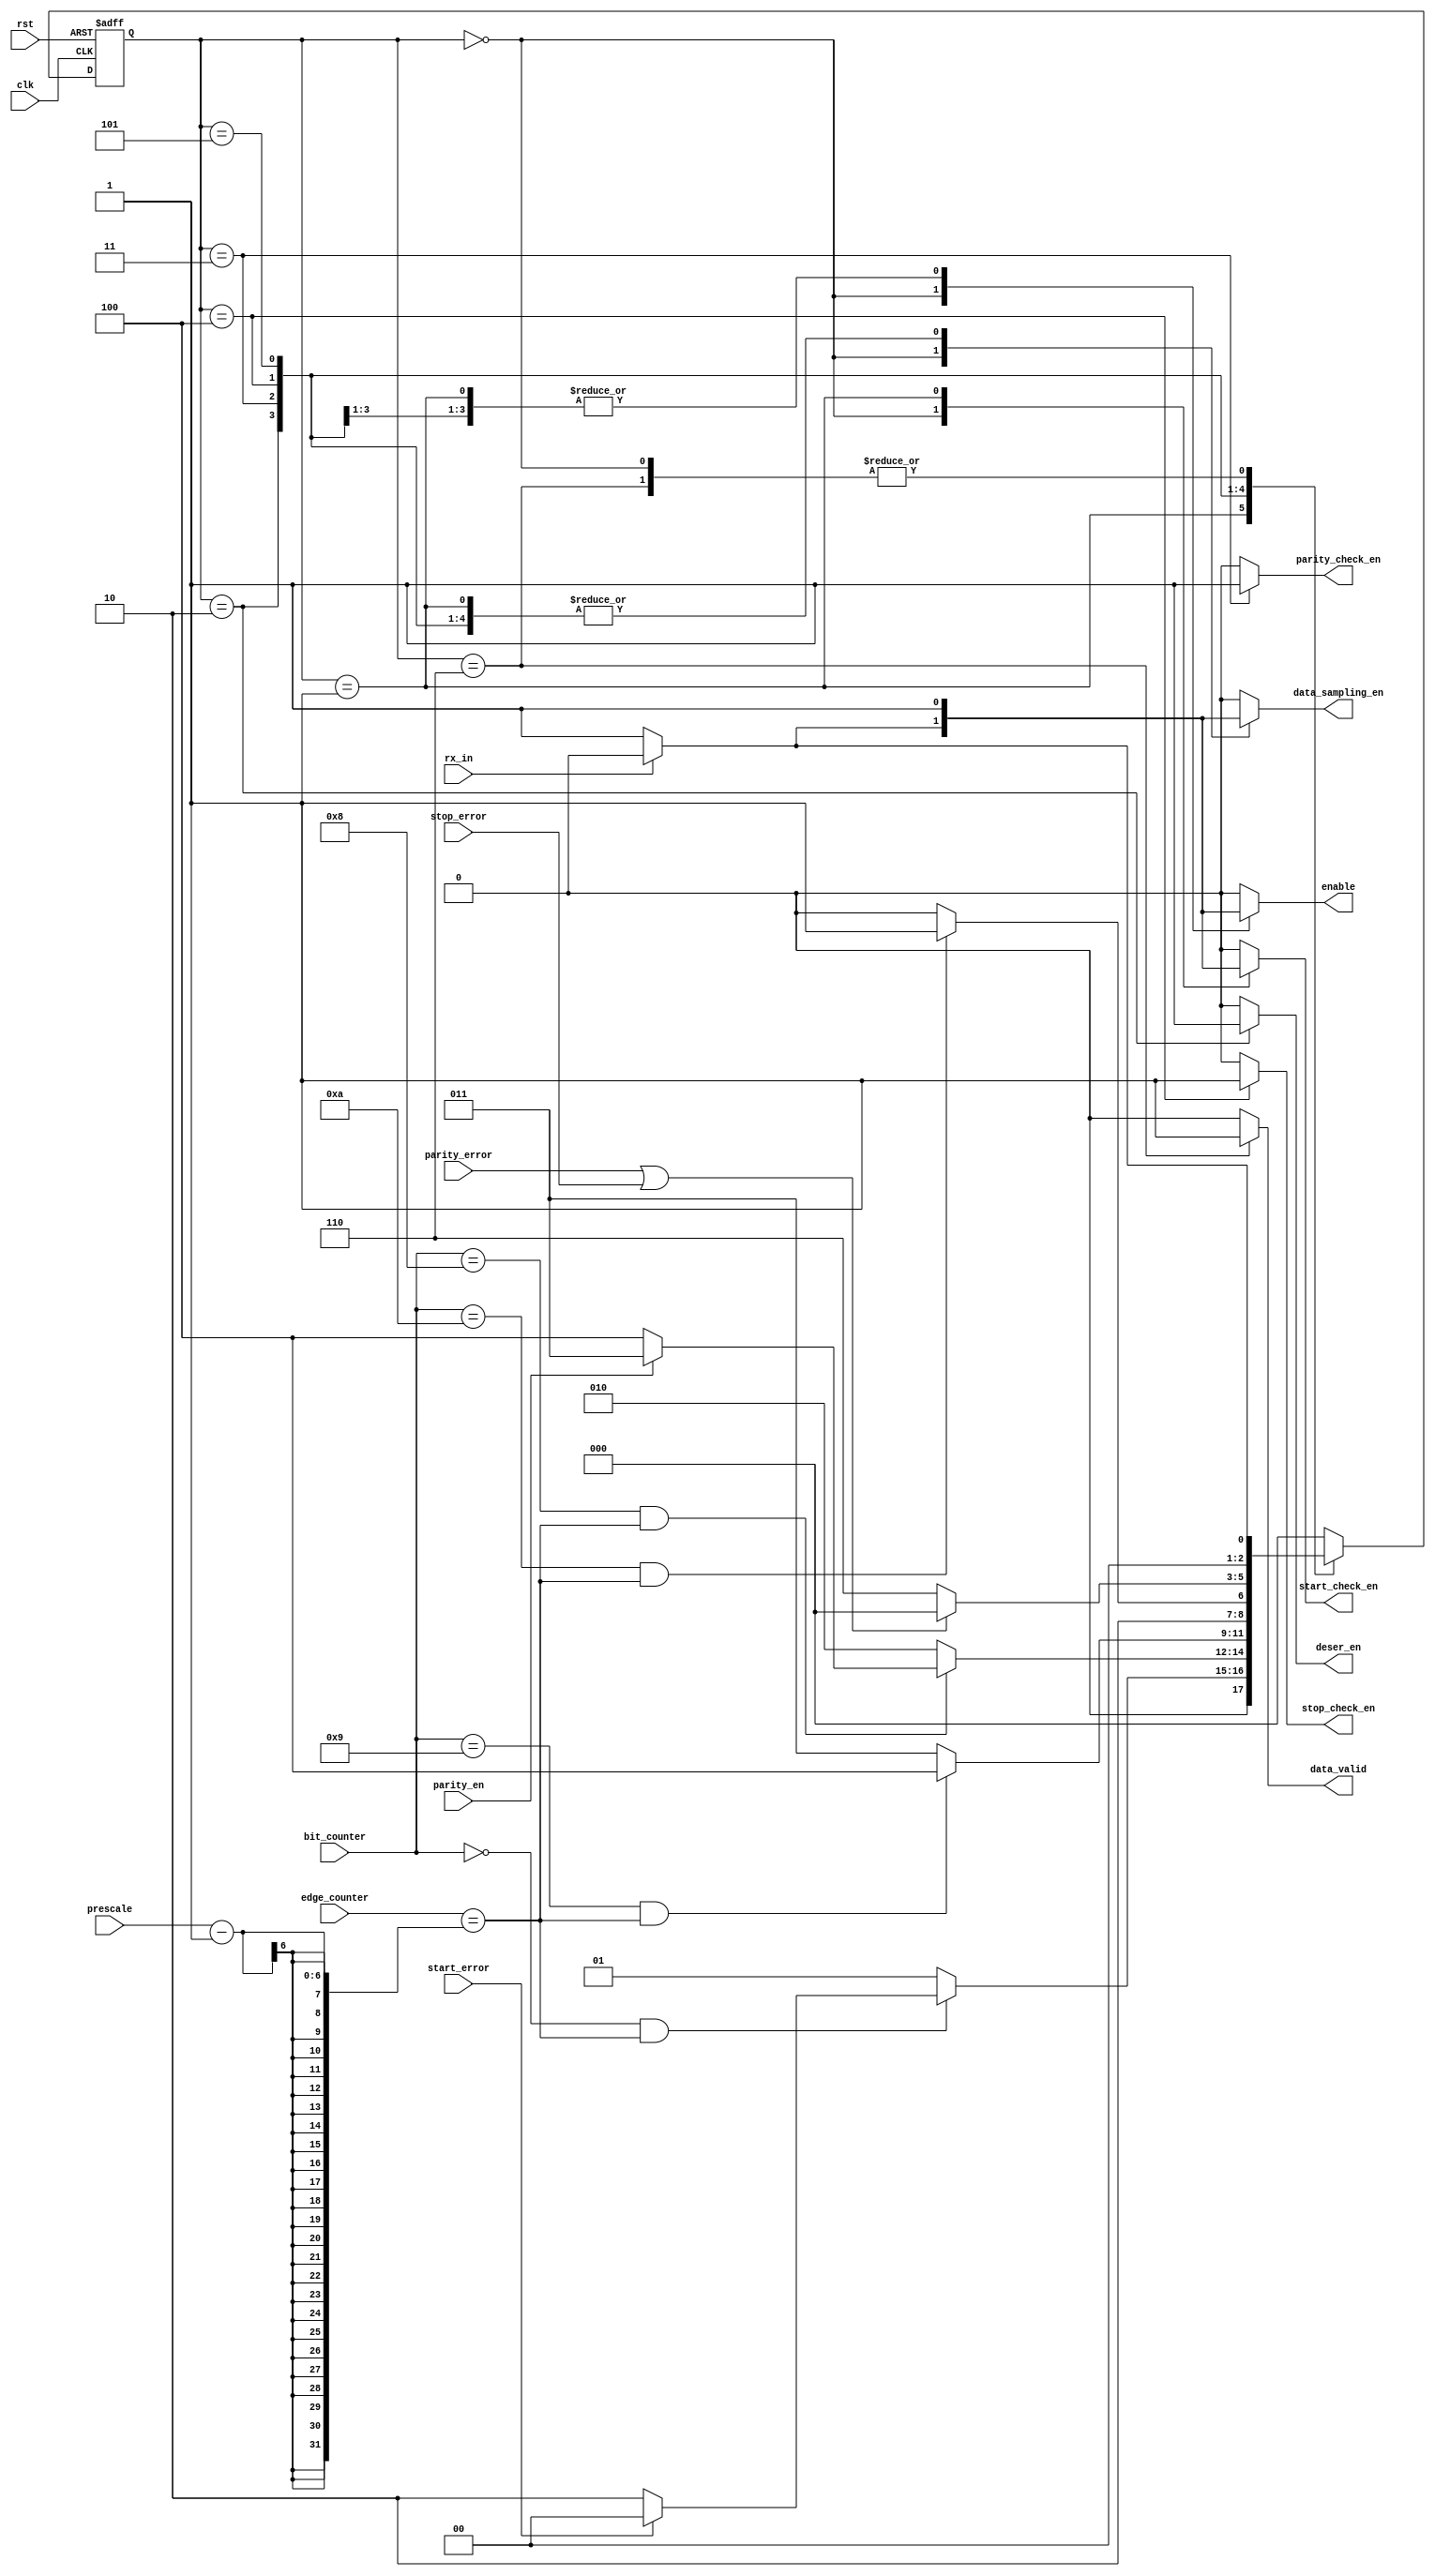
module rx_fsm #(parameter PWIDTH =6)(clk, rst, prescale, edge_counter, bit_counter, rx_in, parity_en, stop_error, start_error, parity_error, data_sampling_en, deser_en, start_check_en, stop_check_en, parity_check_en, enable, data_valid);
    input clk, rst;
    input [PWIDTH-1:0]prescale, edge_counter;
    input [PWIDTH-2:0]bit_counter;
    input rx_in, parity_en;
    input stop_error, start_error, parity_error;

    output reg data_sampling_en, deser_en;
    output reg start_check_en, stop_check_en, parity_check_en;
    output reg enable, data_valid;

    reg [2:0] current_state, next_state;

    localparam IDLE =0, START =1, DATA =2, PARITY =3, STOP =4, CERROR =5, DVALID =6;

    always @(posedge clk or negedge rst) begin
        if(!rst)
            current_state <= IDLE;
        else
        
            current_state <= next_state;   
    end

    always @(*) begin
        case (current_state) 
            IDLE: begin
                if(!rx_in) begin
                    data_sampling_en = 1;
                    enable           = 1;
                    deser_en         = 0;
                    data_valid       = 0;
                    stop_check_en    = 0;
                    start_check_en   = 1;
                    parity_check_en  = 0;

                    next_state = START;
                end
                else begin
                    data_sampling_en = 0;
                    enable           = 0;
                    deser_en         = 0;
                    data_valid       = 0;
                    stop_check_en    = 0;
                    start_check_en   = 0;
                    parity_check_en  = 0;

                    next_state = IDLE;
                end
            end

            START: begin
                data_sampling_en = 1;
                enable           = 1;
                deser_en         = 0;
                data_valid       = 0;
                stop_check_en    = 0;
                start_check_en   = 1;
                parity_check_en  = 0;
                        
                if((bit_counter ==0) && (edge_counter == prescale-1)) begin
                    if(!start_error) begin  
                        next_state = DATA;
                    end
                    else begin
                        next_state = IDLE;       
                    end              
                end
                else begin
                    next_state = START; 	
                end
            end

            DATA: begin
                data_sampling_en = 1;
                enable           = 1;
                deser_en         = 1;
                data_valid       = 0;
                stop_check_en    = 0;
                start_check_en   = 0;
                parity_check_en  = 0;
                        
                if((bit_counter ==8) && (edge_counter == prescale-1)) begin
                    if(parity_en) begin

                        next_state = PARITY;
                    end
                    else begin

                        next_state = STOP;
                    end
                end
                else begin

                    next_state = DATA;
                end
            end

            PARITY: begin
                data_sampling_en = 1;
                enable           = 1;
                deser_en         = 0;
                data_valid       = 0;
                stop_check_en    = 0;
                start_check_en   = 0;
                parity_check_en  = 1;
                        
                if((bit_counter ==9) && (edge_counter == prescale-1)) begin
                    
                    next_state = STOP;
                end
                else begin

                    next_state = PARITY;
                end
            end

            STOP: begin
                data_sampling_en = 1;
                enable           = 1;
                deser_en         = 0;
                data_valid       = 0;
                stop_check_en    = 1;
                start_check_en   = 0;
                parity_check_en  = 0;
                        
                if((bit_counter ==10) && (edge_counter == prescale-1)) begin
                    
                    next_state = CERROR;
                end
                else begin

                    next_state = STOP;
                end
            end

            CERROR: begin
                data_sampling_en = 1;
                enable           = 0;
                deser_en         = 0;
                data_valid       = 0;
                stop_check_en    = 0;
                start_check_en   = 0;
                parity_check_en  = 0;
                        

                if(parity_error || stop_error) begin
                    
                    next_state = IDLE; 
                end
                else begin
                    
                    next_state = DVALID;
                end 	
            end

            DVALID: begin
                data_sampling_en = 0;
                enable           = 0;
                deser_en         = 0;
                data_valid       = 1;
                stop_check_en    = 0;
                start_check_en   = 0;
                parity_check_en  = 0;
                        
                if(!rx_in) begin
                    next_state = START; 
                end
                else begin
                    next_state = IDLE;
                end 
            end

            default: begin
                data_sampling_en = 0;
                enable           = 0;
                deser_en         = 0;
                data_valid       = 0;
                stop_check_en    = 0;
                start_check_en   = 0;
                parity_check_en  = 0;
                        
                next_state = IDLE; 
            end
        endcase
    end
endmodule